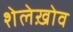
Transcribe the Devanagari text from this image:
शेलेख़ोव